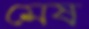
মেষ